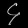
Digit: ၄